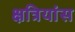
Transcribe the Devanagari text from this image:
क्षत्रियांस